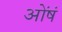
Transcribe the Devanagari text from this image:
ओंषं